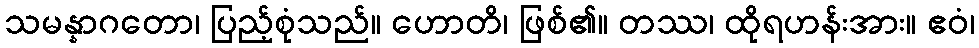
သမန္နာဂတော၊ ပြည့်စုံသည်။ ဟောတိ၊ ဖြစ်၏။ တဿ၊ ထိုရဟန်းအား။ ဧဝံ၊